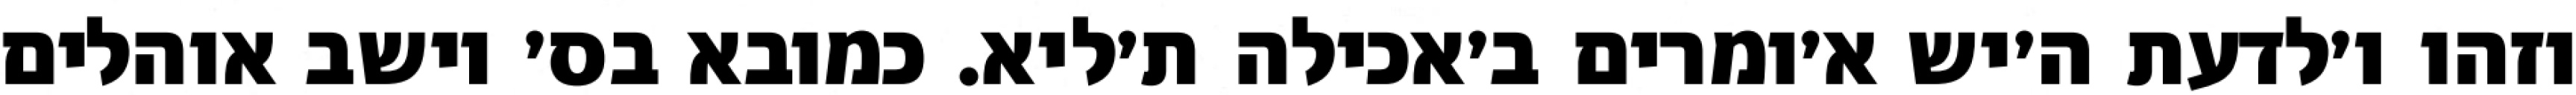
וזהו ו׳לדעת ה׳יש א׳ומרים ב׳אכילה ת׳ליא. כמובא בס׳ יושב אוהלים